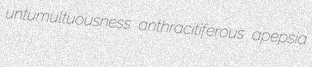
untumultuousness anthracitiferous apepsia